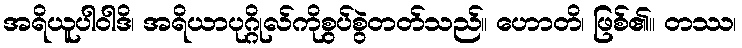
အရိယူပါဝါဒိ၊ အရိယာပုဂ္ဂိုလ်ကိုစွပ်စွဲတတ်သည်။ ဟောတိ၊ ဖြစ်၏။ တဿ၊